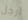
ارجل